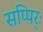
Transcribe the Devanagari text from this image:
सप्पिर्ः